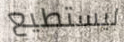
ليستطيع